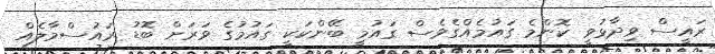
ރައީސް ވިދާޅުވީ ކޮންމެ ގައުމެއްގެވެސް ގައުމީ ބޭންކަކީ ގައުމުގެ ވަރަށް ބޮޑު ރައުސްމާލެއް